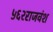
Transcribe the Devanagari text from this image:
५६२राजवंश